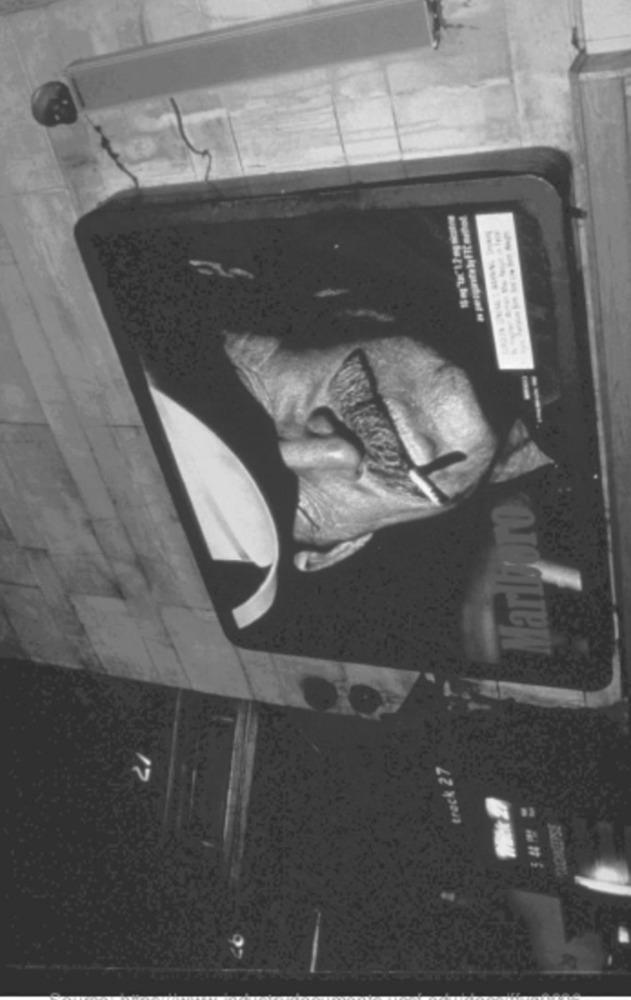
----
Marlboro
track 27